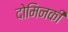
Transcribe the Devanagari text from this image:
दोमिनकी